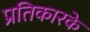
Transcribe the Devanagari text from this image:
प्रतिकारके